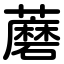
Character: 蘑